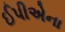
ઈપીએના